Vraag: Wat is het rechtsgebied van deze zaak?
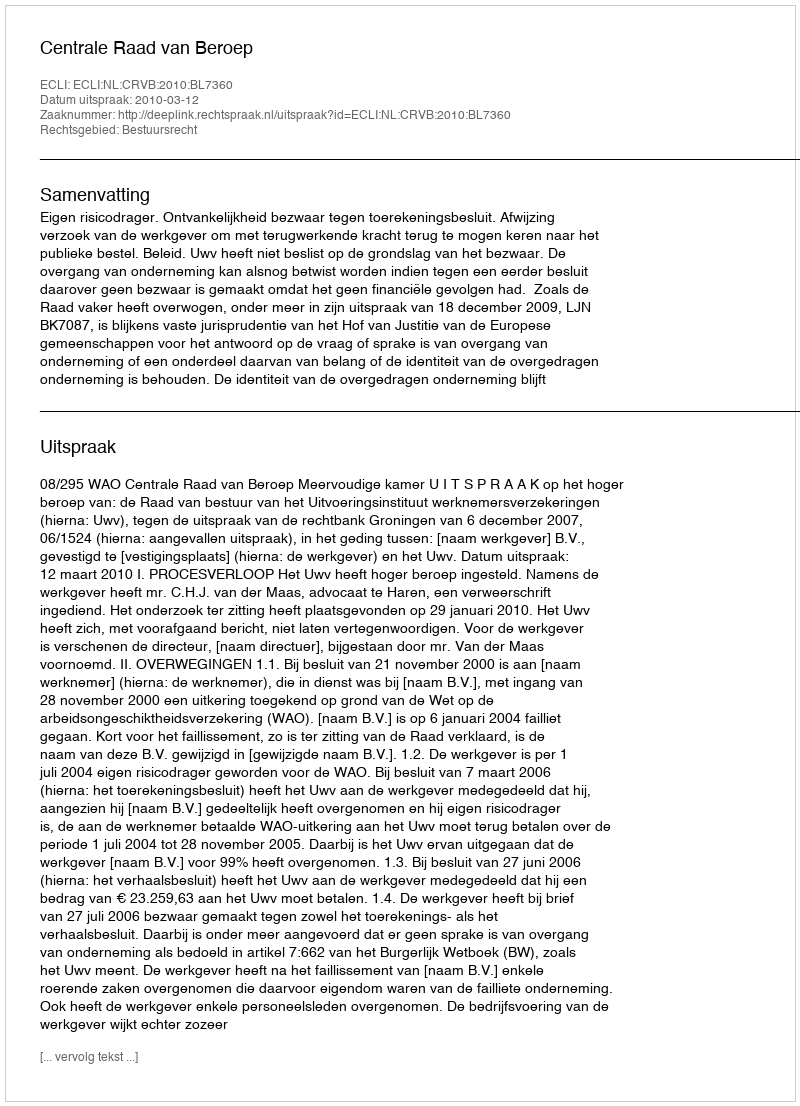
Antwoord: Bestuursrecht